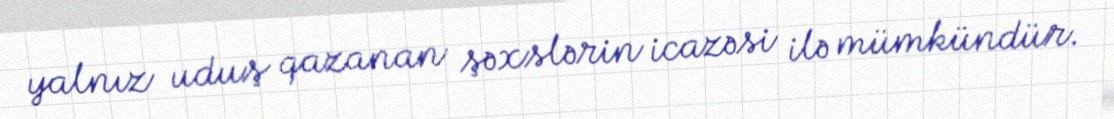
yalnız uduş qazanan şəxslərin icazəsi ilə mümkündür.